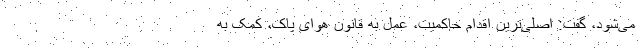
می‌شود، گفت: اصلی‌ترین اقدام حاکمیت، عمل به قانون هوای پاک، کمک به